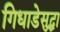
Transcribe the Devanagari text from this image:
गिधाडेसुद्धा